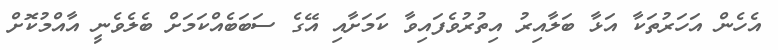
އެހެން އަހަރުތަކާ އަޅާ ބަލާއިރު އިތުރުވެފައިވާ ކަމަށާއި އޭގެ ސަބަބެއްކަމަށް ބެލެވެނީ އާއްމުކޮށް